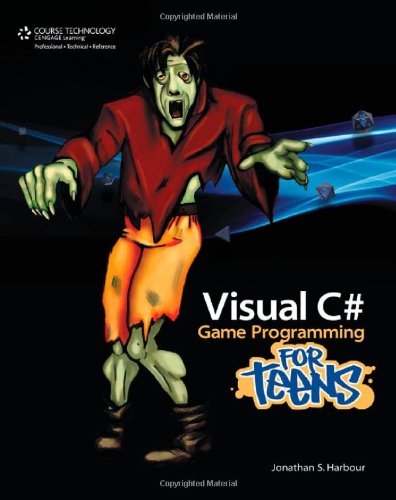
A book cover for Visual C# Game Programming for Teens; Jonathan S. Harbour; Teen & Young Adult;